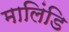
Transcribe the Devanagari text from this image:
मालिंडि